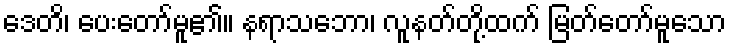
ဒေတိ၊ ပေးတော်မူ၏။ နရာသဘော၊ လူနတ်တို့ထက် မြတ်တော်မူသော